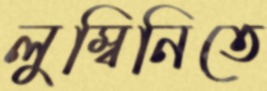
লুম্বিনিতে